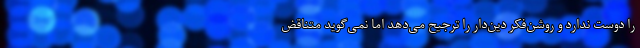
را دوست ندارد و روشن‌فکر دین‌دار را ترجیح می‌دهد اما نمی‌گوید متناقض